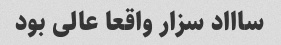
ساااد سزار واقعا عالی بود